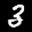
Label: 3